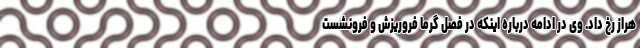
هراز رخ داد. وی در ادامه درباره اینکه در فصل گرما فروریزش و فرونشست